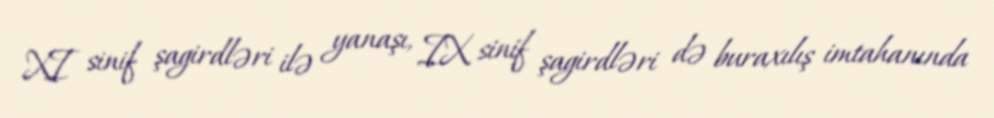
XI sinif şagirdləri ilə yanaşı, IX sinif şagirdləri də buraxılış imtahanında